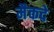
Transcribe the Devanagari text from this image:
मैकदे